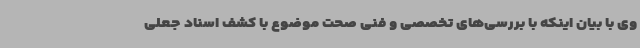
وی با بیان اینکه با بررسی‌های تخصصی و فنی صحت موضوع با کشف اسناد جعلی